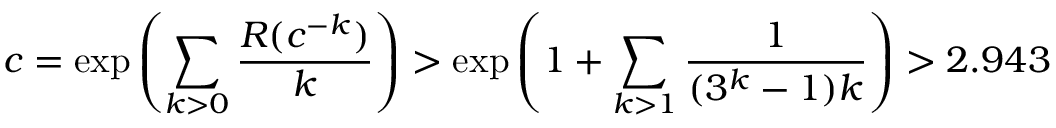
c = \exp \left( \sum _ { k > 0 } { \frac { R ( c ^ { - k } ) } { k } } \right) > \exp \left( 1 + \sum _ { k > 1 } { \frac { 1 } { ( 3 ^ { k } - 1 ) k } } \right) > 2 . 9 4 3